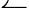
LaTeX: \leftharpoonup